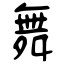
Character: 舞